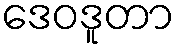
ဒေဝဒူတာ